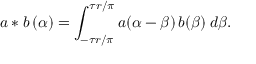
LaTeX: a \ast b \, ( \alpha ) = \int _ { - \tau r / \pi } ^ { \tau r / \pi } a ( \alpha - \beta ) \, b ( \beta ) \: d \beta .